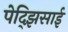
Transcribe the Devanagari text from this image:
पेद्झिसाई